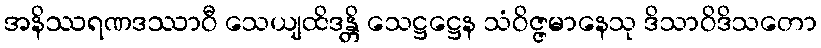
အနိဿရဏဒဿာဝီ သေယျထိဒန္တိ သေဋ္ဌဋ္ဌေန သံဝိဇ္ဇမာနေသု ဒိသာဝိဒိသတော